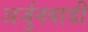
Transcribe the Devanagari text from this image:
अर्जुनवाडी